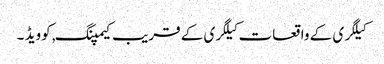
کیلگری کے واقعات کیلگری کے قریب کیمپنگ, کوویڈ ۔